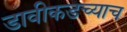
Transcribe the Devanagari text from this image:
डावीकडच्याच